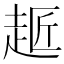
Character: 䞪